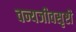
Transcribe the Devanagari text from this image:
वन्यजीवसृष्टी